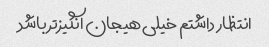
انتظار داشتم خیلی هیجان انگیزتر باشد